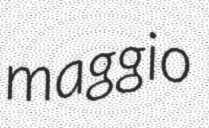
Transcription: maggio